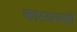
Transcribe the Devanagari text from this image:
कास्यनगरी